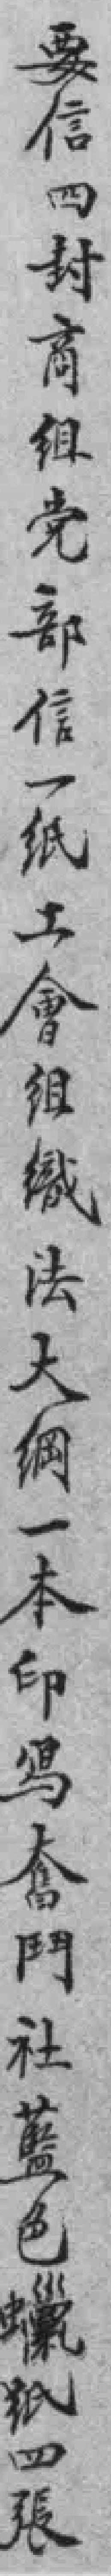
要信四封商组党部信一纸工會组織法大綱一本印冩奮門社藍色蠟纸四張